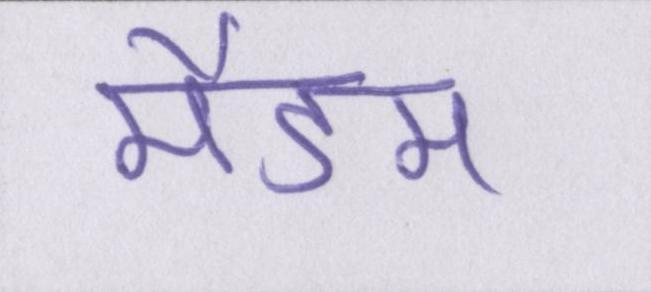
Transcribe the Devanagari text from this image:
मैडम